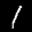
Label: 1